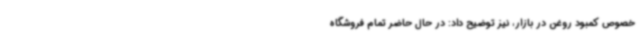
خصوص کمبود روغن در بازار، نیز توضیح داد: در حال حاضر تمام فروشگاه